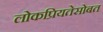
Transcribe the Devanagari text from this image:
लोकप्रियतेसोबत